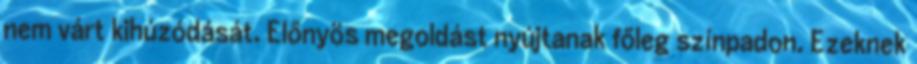
nem várt kihúzódását. Előnyös megoldást nyújtanak főleg színpadon. Ezeknek